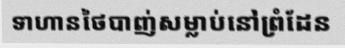
ទាហានថៃបាញ់សម្លាប់នៅព្រំដែន